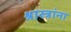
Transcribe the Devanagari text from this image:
श्रास्त्रांना